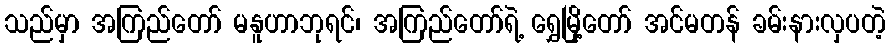
သည်မှာ အကြည်တော် မနူဟာဘုရင်၊ အကြည်တော်ရဲ့ ရွှေမြို့တော် အင်မတန် ခမ်းနားလှပတဲ့